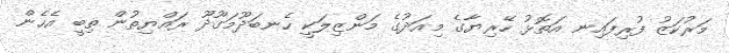
މަރުކަޒު ފުރިފައިނ އަތޮޅު ހޭރިޔާގެ މިއަދުގެ މަންޒިލަކީ ހެނބަދޫމަގޫދޫ ރައްޔިތުން ތިބީ އެހެން